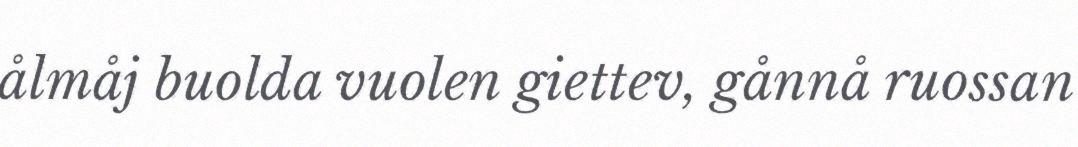
ålmåj buolda vuolen giettev, gånnå ruossan